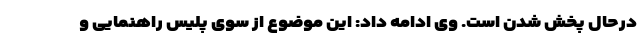
درحال پخش شدن است. وی ادامه داد: این موضوع از سوی پلیس راهنمایی و